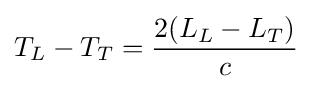
T_{L}-T_{T}={\frac {2(L_{L}-L_{T})}{c}}